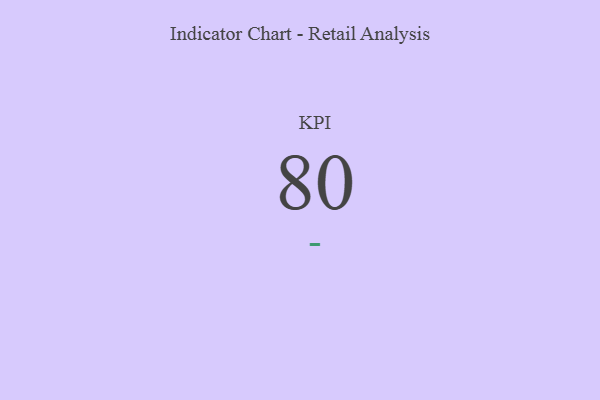
{"axis": {"x": "KPI", "y": "Value"}, "legend": [""], "data": [{"x": "KPI", "y": 80, "type": ""}]}